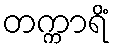
တက္ကာရိံ